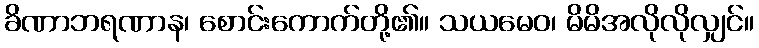
ခိဏာဘရဏာန၊ စောင်းကောက်တို့၏။ သယမေဝ၊ မိမိအလိုလိုလျှင်။